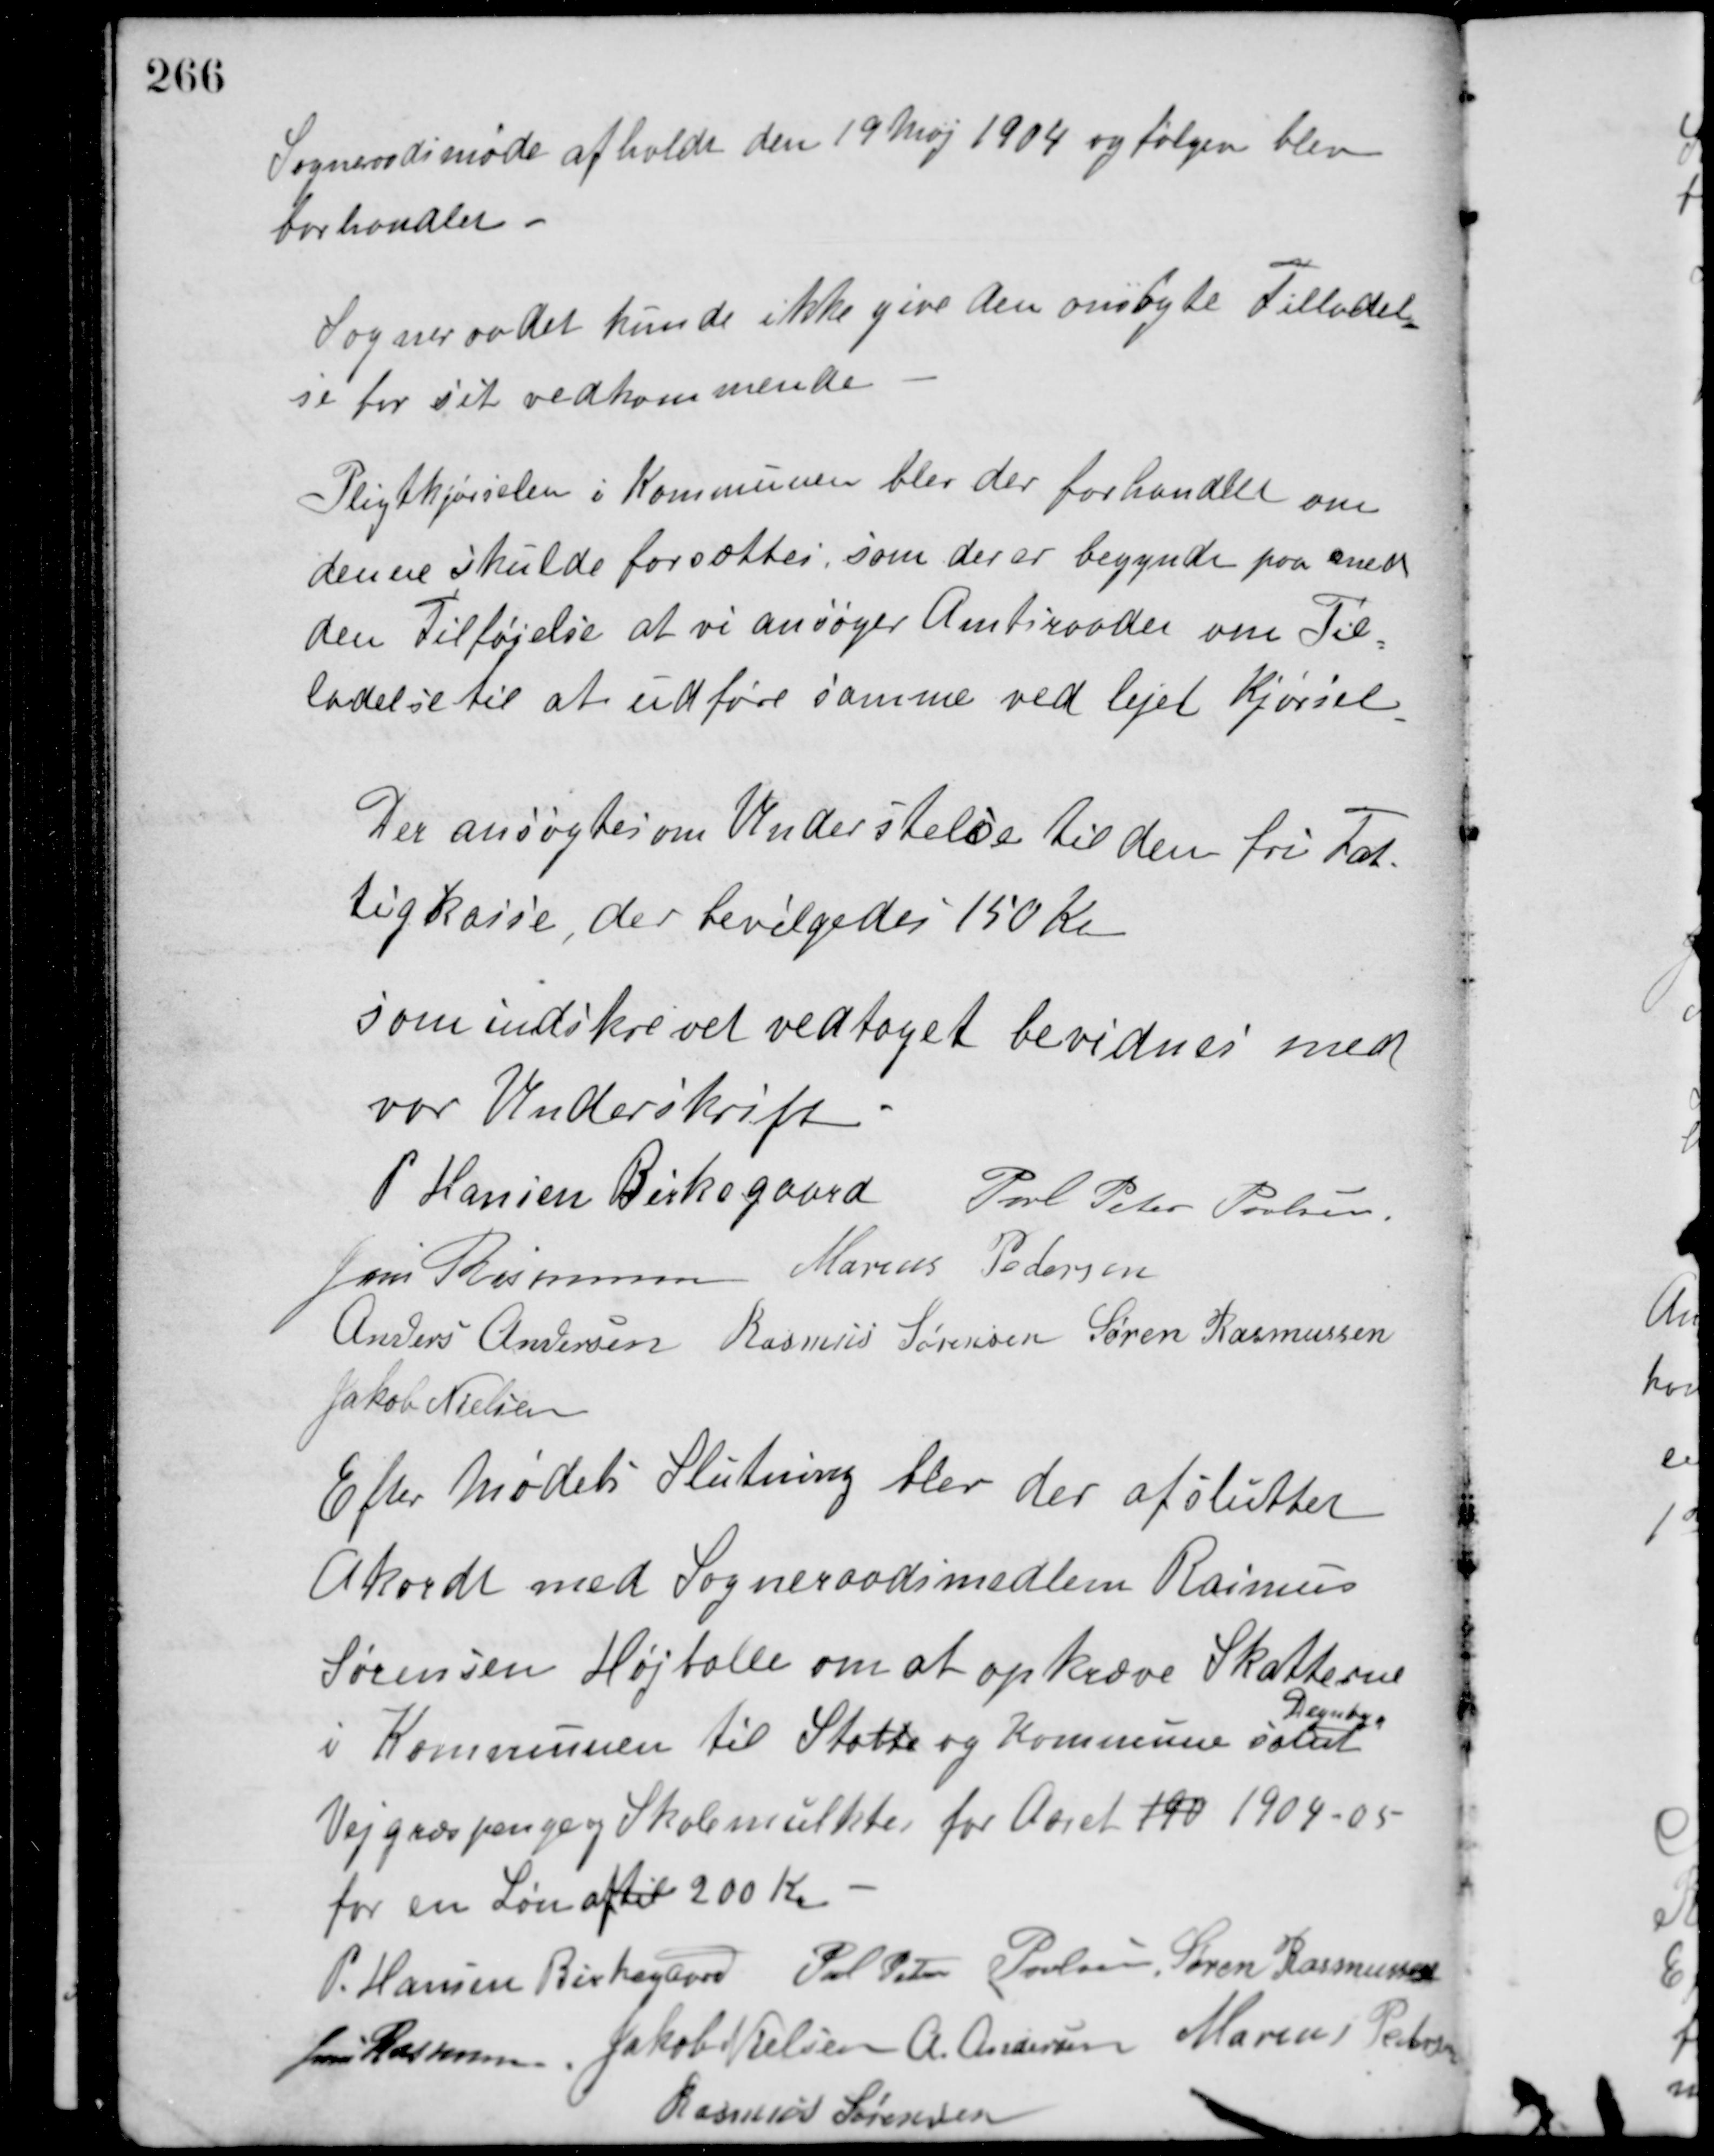
Transskription:
Sogneraadsmøde afholdt den 19 Maj 1904 og følgen blev
forhandlet.
Sogneraadet kunde ikke give den ombyte Tilladel-
se for sit vedkommende.
Pligtkjørselen i Kommunen blev der forhandlet om
denne skulde forsættes, som der er begyndt paa med
den Tilføjelse at vi ansøger Amtsraadet om Til-
ladelse til at udføre samme ved lejet Kjørsel.
Der ansøgtes om Understelse til den fri Fat-
tigkasse, der bevilgedes 150 Kr.
som indskrevet vedtaget bevidnes med
vor Underskrift.
P. Hansen Birkegaard Poul Peter Poulsen
Jens Rasmussen Marius Pedersen
Anders Andersen Rasmus Sørensen Søren Rasmussen
Jakob Nielsen
Efter Mødets Slutning blev der afsluttet
Akordt med Sogneraadsmedlem Rasmus
Sørensen Højballe om at opkræve Skatterne
i Kommunen til Statte og Kommune istat
Degnbyg
Vejgræspenge og Skolemulkter for Aaret 190 1904-05
for en Løn af til 200 Kr.
P. Hansen Birkegaard Poul Peter Poulsen Søren Rasmussen
Jens Rasmussen Jakob Nielsen A. Andersen Marius Pedersen
Rasmus Sørensen